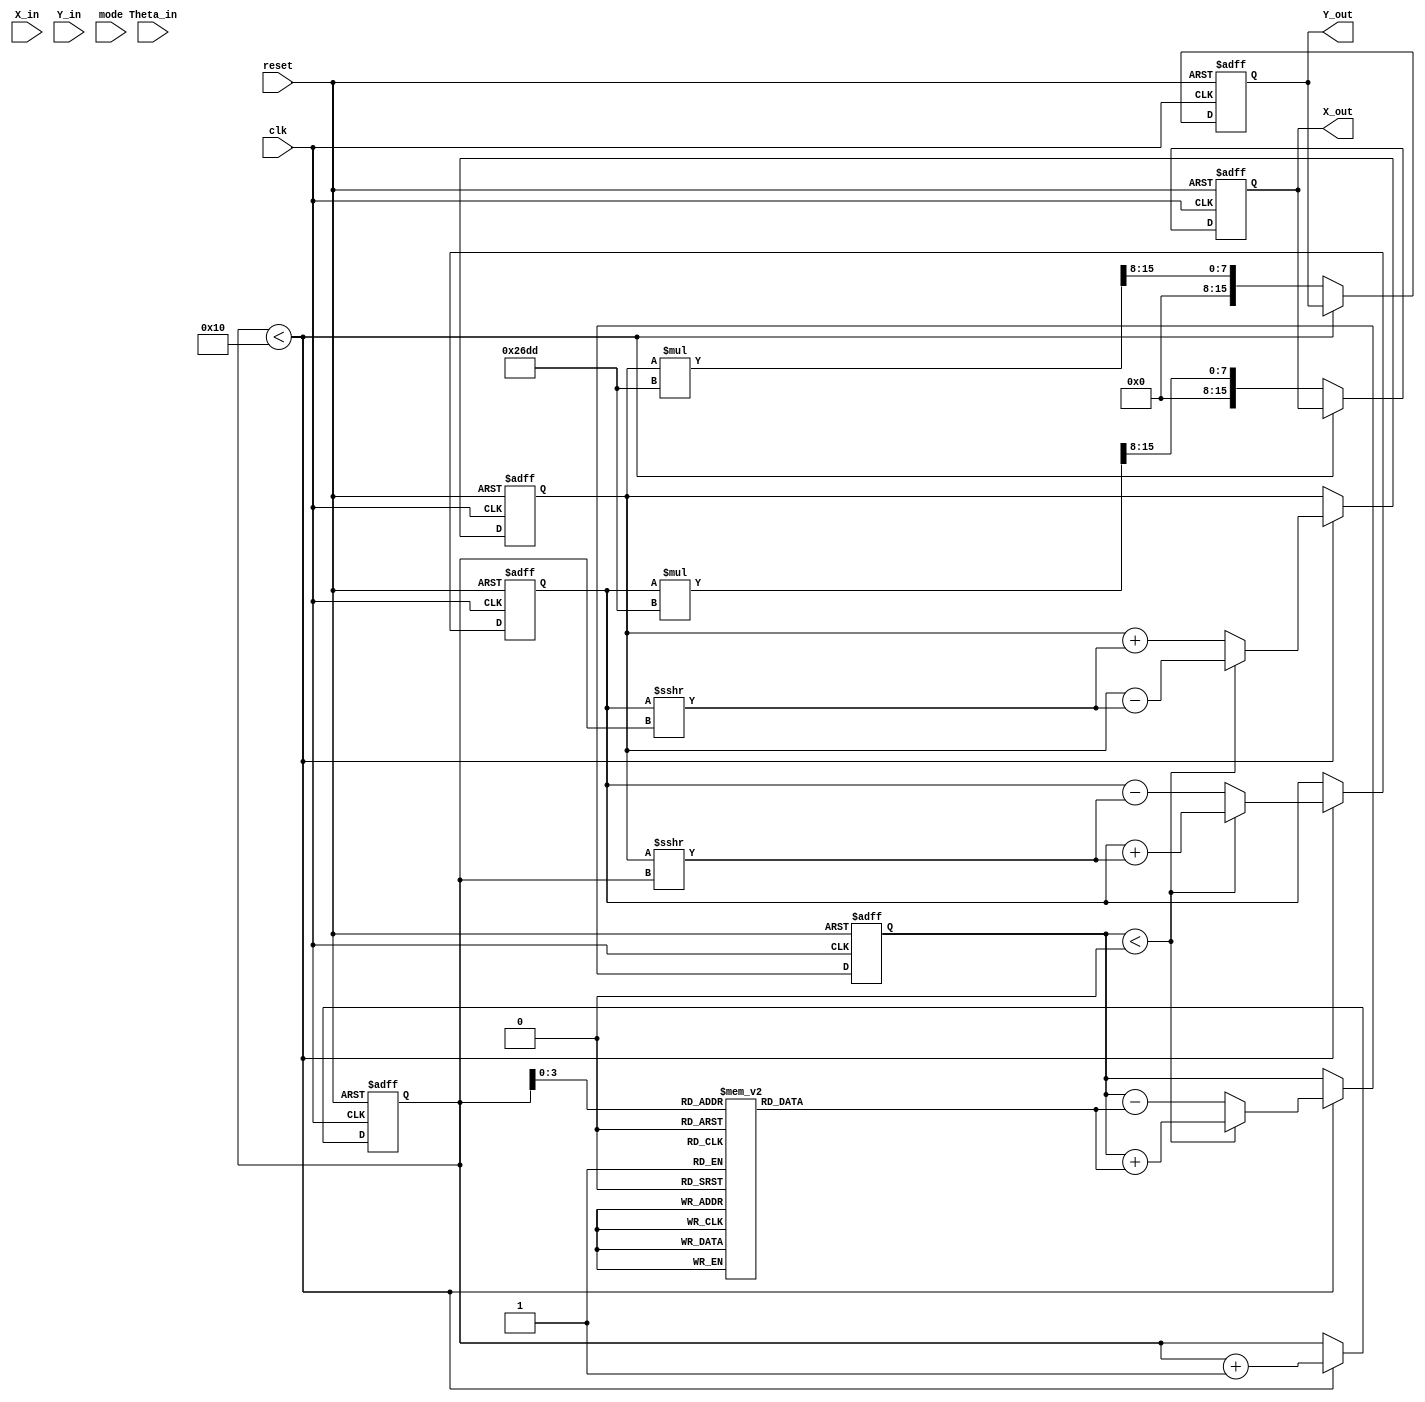
module complex_cordic #(
    parameter WIDTH = 16, // Width of the input/output data
    parameter ITERATIONS = 16 // Number of iterations for CORDIC
)(
    input wire clk,
    input wire reset,
    input wire [WIDTH-1:0] X_in,
    input wire [WIDTH-1:0] Y_in,
    input wire [WIDTH-1:0] Theta_in,
    input wire mode, // 0 for rotation, 1 for vectoring
    output reg [WIDTH-1:0] X_out,
    output reg [WIDTH-1:0] Y_out
);

    // Internal registers
    reg [WIDTH-1:0] X_reg;
    reg [WIDTH-1:0] Y_reg;
    reg [WIDTH-1:0] Theta_reg;
    reg [WIDTH-1:0] Z_reg;
    reg [4:0] iteration; // Counter for iterations

    // CORDIC gain (for scaling correction)
    localparam [WIDTH-1:0] K = 16'h26DD; // Example scaling factor (K = 1/sqrt(1 + 2^-2))

    // Angle lookup table for CORDIC (in radians, scaled)
    reg [WIDTH-1:0] atan_table [0:ITERATIONS-1];
    initial begin
        atan_table[0] = 16'h2000; // atan(2^-0)
        atan_table[1] = 16'h1000; // atan(2^-1)
        atan_table[2] = 16'h0800; // atan(2^-2)
        atan_table[3] = 16'h0400; // atan(2^-3)
        atan_table[4] = 16'h0200; // atan(2^-4)
        atan_table[5] = 16'h0100; // atan(2^-5)
        atan_table[6] = 16'h0080; // atan(2^-6)
        atan_table[7] = 16'h0040; // atan(2^-7)
        atan_table[8] = 16'h0020; // atan(2^-8)
        atan_table[9] = 16'h0010; // atan(2^-9)
        atan_table[10] = 16'h0008; // atan(2^-10)
        atan_table[11] = 16'h0004; // atan(2^-11)
        atan_table[12] = 16'h0002; // atan(2^-12)
        atan_table[13] = 16'h0001; // atan(2^-13)
        atan_table[14] = 16'h0000; // atan(2^-14)
        atan_table[15] = 16'hFFFF; // atan(2^-15)
    end

    // FSM for control logic
    always @(posedge clk or posedge reset) begin
        if (reset) begin
            X_reg <= 0;
            Y_reg <= 0;
            Theta_reg <= 0;
            iteration <= 0;
            X_out <= 0;
            Y_out <= 0;
        end else begin
            if (iteration < ITERATIONS) begin
                // Perform CORDIC iteration
                if (mode == 0) begin // Rotation mode
                    if (Theta_reg < 0) begin
                        X_reg <= X_reg + (Y_reg >>> iteration);
                        Y_reg <= Y_reg - (X_reg >>> iteration);
                        Theta_reg <= Theta_reg + atan_table[iteration];
                    end else begin
                        X_reg <= X_reg - (Y_reg >>> iteration);
                        Y_reg <= Y_reg + (X_reg >>> iteration);
                        Theta_reg <= Theta_reg - atan_table[iteration];
                    end
                end else begin // Vectoring mode
                    if (Theta_reg < 0) begin
                        X_reg <= X_reg + (Y_reg >>> iteration);
                        Y_reg <= Y_reg - (X_reg >>> iteration);
                        Theta_reg <= Theta_reg + atan_table[iteration];
                    end else begin
                        X_reg <= X_reg - (Y_reg >>> iteration);
                        Y_reg <= Y_reg + (X_reg >>> iteration);
                        Theta_reg <= Theta_reg - atan_table[iteration];
                    end
                end
                iteration <= iteration + 1;
            end else begin
                // Final output assignment with scaling correction
                X_out <= X_reg * K >>> 8; // Adjust scaling as necessary
                Y_out <= Y_reg * K >>> 8; // Adjust scaling as necessary
            end
        end
    end

endmodule